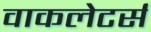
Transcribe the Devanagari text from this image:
वाकलेटर्स